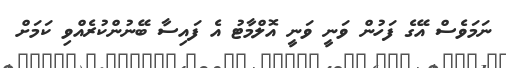
ނަމަވެސް އޭގެ ފަހުން ވަނީ ވަނީ އޮލްމާޓު އެ ފައިސާ ބޭނުންކުރެއްވި ކަމަށް